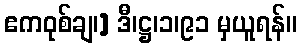
ဧကဝုစ်ချ၊] ဒီ၊ဋ္ဌ၊၁၊၉၁ မှယူရန်။